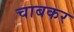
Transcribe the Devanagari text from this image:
चाबकर